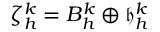
\zeta _ { h } ^ { k } = B _ { h } ^ { k } \oplus \mathfrak { h } _ { h } ^ { k }